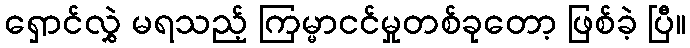
ရှောင်လွှဲ မရသည့် ကြမ္မာငင်မှုတစ်ခုတော့ ဖြစ်ခဲ့ ပြီ။